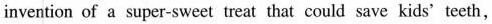
invention of a super-sweet treat that could save kids' teeth,